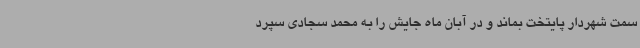
سمت شهردار پایتخت بماند و در آبان ‌ماه جایش را به محمد سجادی سپرد